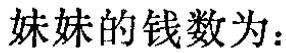
妹妹的钱数为：